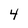
Character: 4